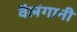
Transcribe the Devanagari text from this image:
वैलंगानी